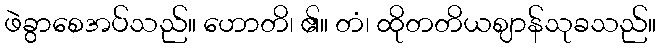
ဖဲခွာစေအပ်သည်။ ဟောတိ၊ ၏။ တံ၊ ထိုတတိယဈာန်သုခသည်။